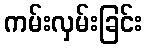
ကမ်းလှမ်းခြင်း